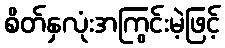
စိတ်နှလုံးအကြွင်းမဲ့ဖြင့်